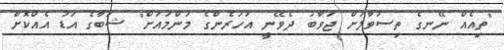
"ތިއެއް ނޭނގެ ތިސުވާލަށް ޖަވާބު ދެވޭނީ އަހަރެންގެ މަންމައަށް" ޝަބާގެ އަޑު އެއްކޮށް